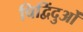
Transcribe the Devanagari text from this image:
चिद्विंदुओं